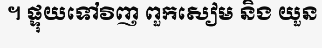
។ ផ្ទុយទៅវិញ ពួកសៀម និង យួន